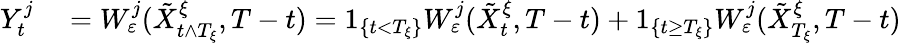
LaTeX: \begin{array}{rl}{Y_{t}^{j}}&{{}=W_{\varepsilon}^{j}(\tilde{X}_{t\wedge T_{\xi}}^{\xi},T-t)=1_{\{ t<T_{\xi}\} }W_{\varepsilon}^{j}(\tilde{X}_{t}^{\xi},T-t)+1_{\{ t\geq T_{\xi}\} }W_{\varepsilon}^{j}(\tilde{X}_{T_{\xi}}^{\xi},T-t)}\end{array}